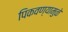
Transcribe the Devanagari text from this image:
पिकवण्यामुळे